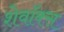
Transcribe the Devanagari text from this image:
शेवॉक्स